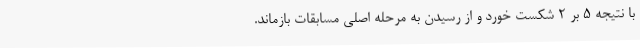
با نتیجه 5 بر 2 شکست خورد و از رسیدن به مرحله اصلی مسابقات بازماند.